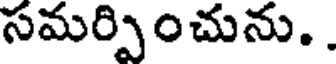
సమర్పించును. .